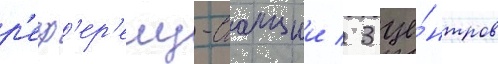
р'еф'ер'енц-станции / 3 це́нтров